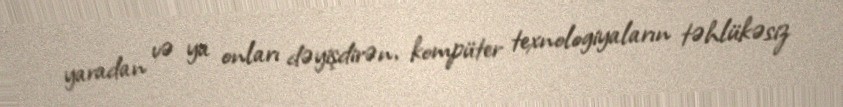
yaradan və ya onları dəyişdirən, kompüter texnologiyaların təhlükəsiz